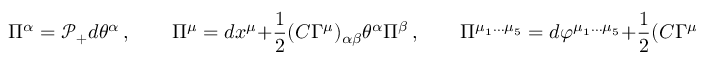
\Pi ^ { \alpha } = \mathcal { P } _ { + } d \theta ^ { \alpha } \, , \qquad \Pi ^ { \mu } = d x ^ { \mu } + { \frac { 1 } { 2 } } ( C \Gamma ^ { \mu } ) _ { \alpha \beta } \theta ^ { \alpha } \Pi ^ { \beta } \, , \qquad \Pi ^ { \mu _ { 1 } \dots \mu _ { 5 } } = d \varphi ^ { \mu _ { 1 } \dots \mu _ { 5 } } + { \frac { 1 } { 2 } } ( C \Gamma ^ { \mu _ { 1 } \dots \mu _ { 5 } } ) _ { \alpha \beta } \theta ^ { \alpha } \Pi ^ { \beta } \, .